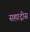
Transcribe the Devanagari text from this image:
सह्याद्रीस